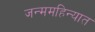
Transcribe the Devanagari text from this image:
जन्ममहिन्यात